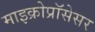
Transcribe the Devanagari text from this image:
माइक्रोप्रॉसेसर